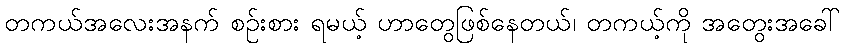
တကယ်အလေးအနက် စဉ်းစား ရမယ့် ဟာတွေဖြစ်နေတယ်၊ တကယ့်ကို အတွေးအခေါ်